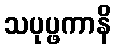
သပုပ္ဖကာနိ